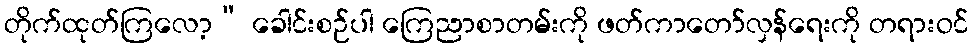
တိုက်ထုတ်ကြလော့” ခေါင်းစဉ်ပါ ကြေညာစာတမ်းကို ဖတ်ကာတော်လှန်ရေးကို တရားဝင်